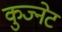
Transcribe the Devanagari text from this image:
कुज्नेट